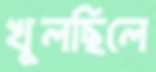
খুলছিলে